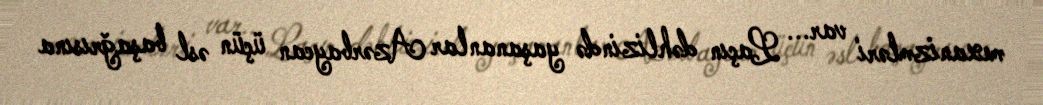
mexanizmləri var... Laçın dəhlizində yaşananlar Azərbaycan üçün əsl başağrısına